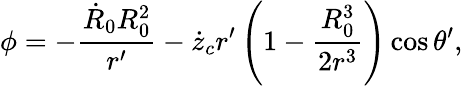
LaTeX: \phi=-\frac{\dot{R}_{0}R_{0}^{2}}{r^{\prime}}-\dot{z}_{c}r^{\prime}\left(1-\frac{R_{0}^{3}}{2r^{3}}\right)\cos\theta^{\prime},